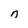
Character: n